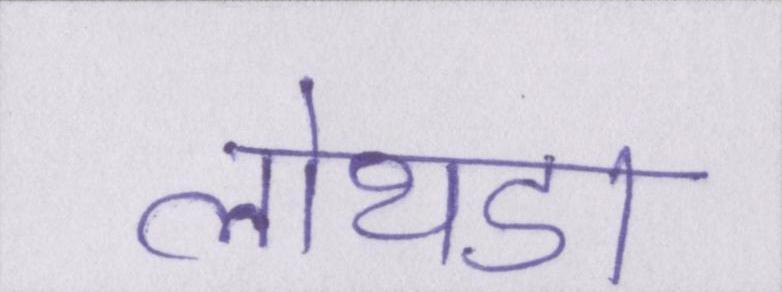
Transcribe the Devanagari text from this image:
लोथडा